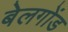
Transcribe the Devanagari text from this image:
बेलगोंड